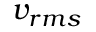
v _ { r m s }